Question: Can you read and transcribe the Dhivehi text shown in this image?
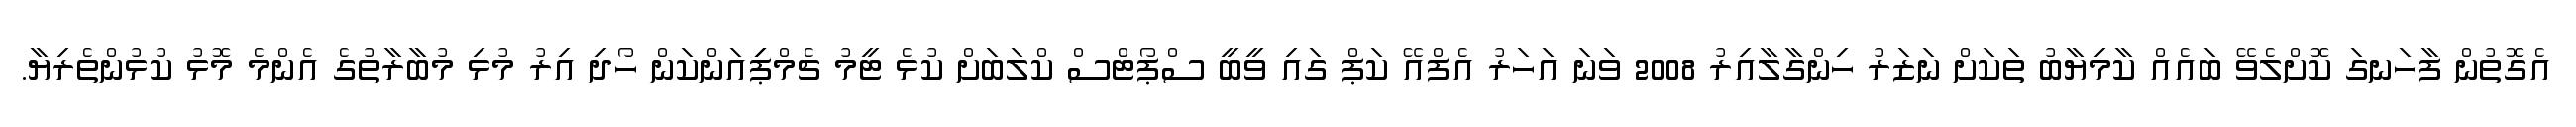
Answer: އެގޮތުން ފާހަނގަ ކޮށްލެވޭ ބައެއް ކާމިޔާބު ތަކަށް ނަޒަރު ހިންގާލާއިރު 2008 ވަނަ އަހަރު އެފްއޭ ކަޕް ގައި ވީބީ ސްޕޯޓްސް ކްލަބަށް ކުޅެ ޓީމު ޗެމްޕިިއަންކަން ހޯދި އިރު މުޅި މުބާރާތުގެ އެންމެ މޮޅު ކުޅުންތެރިޔާ.